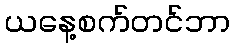
ယနေ့စက်တင်ဘာ